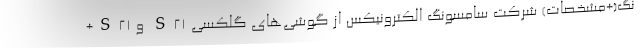
نگ(+مشخصات) شرکت سامسونگ الکترونیکس از گوشی‌های گلکسی S21 و S21+